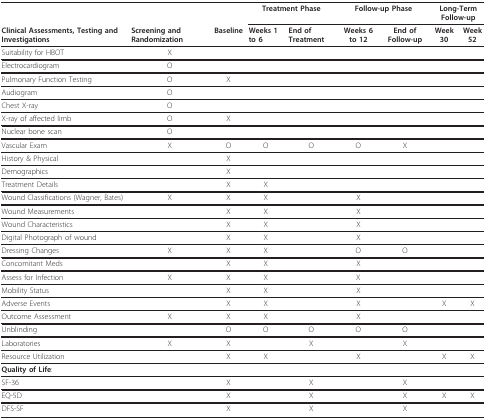
|  |  |  | <COLSPAN=2> Treatment Phase | <COLSPAN=2> Follow-up Phase | <COLSPAN=2> Long-Term Follow-up |
 | Clinical Assessments, Testing and Investigations | Screening and Randomization | Baseline | Weeks 1 to 6 | End of Treatment | Weeks 6 to 12 | End of Follow-up | Week 30 | Week 52 |
 | --- | --- | --- | --- | --- | --- | --- | --- | --- |
 | Suitability for HBOT | X |  |  |  |  |  |  |  |
 | Electrocardiogram | O |  |  |  |  |  |  |  |
 | Pulmonary Function Testing | O | X |  |  |  |  |  |  |
 | Audiogram | O |  |  |  |  |  |  |  |
 | Chest X-ray | O |  |  |  |  |  |  |  |
 | X-ray of affected limb | O | X |  |  |  |  |  |  |
 | Nuclear bone scan | O |  |  |  |  |  |  |  |
 | Vascular Exam | X | O | O | O | O | X |  |  |
 | History & Physical |  | X |  |  |  |  |  |  |
 | Demographics |  | X |  |  |  |  |  |  |
 | Treatment Details |  | X | X |  |  |  |  |  |
 | Wound Classifications (Wagner, Bates) | X | X | X |  | X |  |  |  |
 | Wound Measurements |  | X | X |  | X |  |  |  |
 | Wound Characteristics |  | X | X |  | X |  |  |  |
 | Digital Photograph of wound |  | X | X |  | X |  |  |  |
 | Dressing Changes | X | X | X |  | O | O |  |  |
 | Concomitant Meds |  | X | X |  | X |  |  |  |
 | Assess for Infection | X | X | X |  | X |  |  |  |
 | Mobility Status |  | X | X |  | X |  |  |  |
 | Adverse Events |  | X | X |  | X |  | X | X |
 | Outcome Assessment | X | X | X |  | X |  |  |  |
 | Unblinding |  | O | O | O | O | O |  |  |
 | Laboratories | X | X |  | X |  | X |  |  |
 | Resource Utilization |  | X | X |  | X |  | X | X |
 | Quality of Life: |  |  |  |  |  |  |  |  |
 | SF-36 |  | X |  | X |  | X |  |  |
 | EQ-5D |  | X |  | X |  | X | X | X |
 | DFS-SF |  | X |  | X |  | X |  |  |